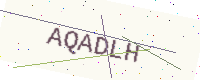
Text: AQADLH